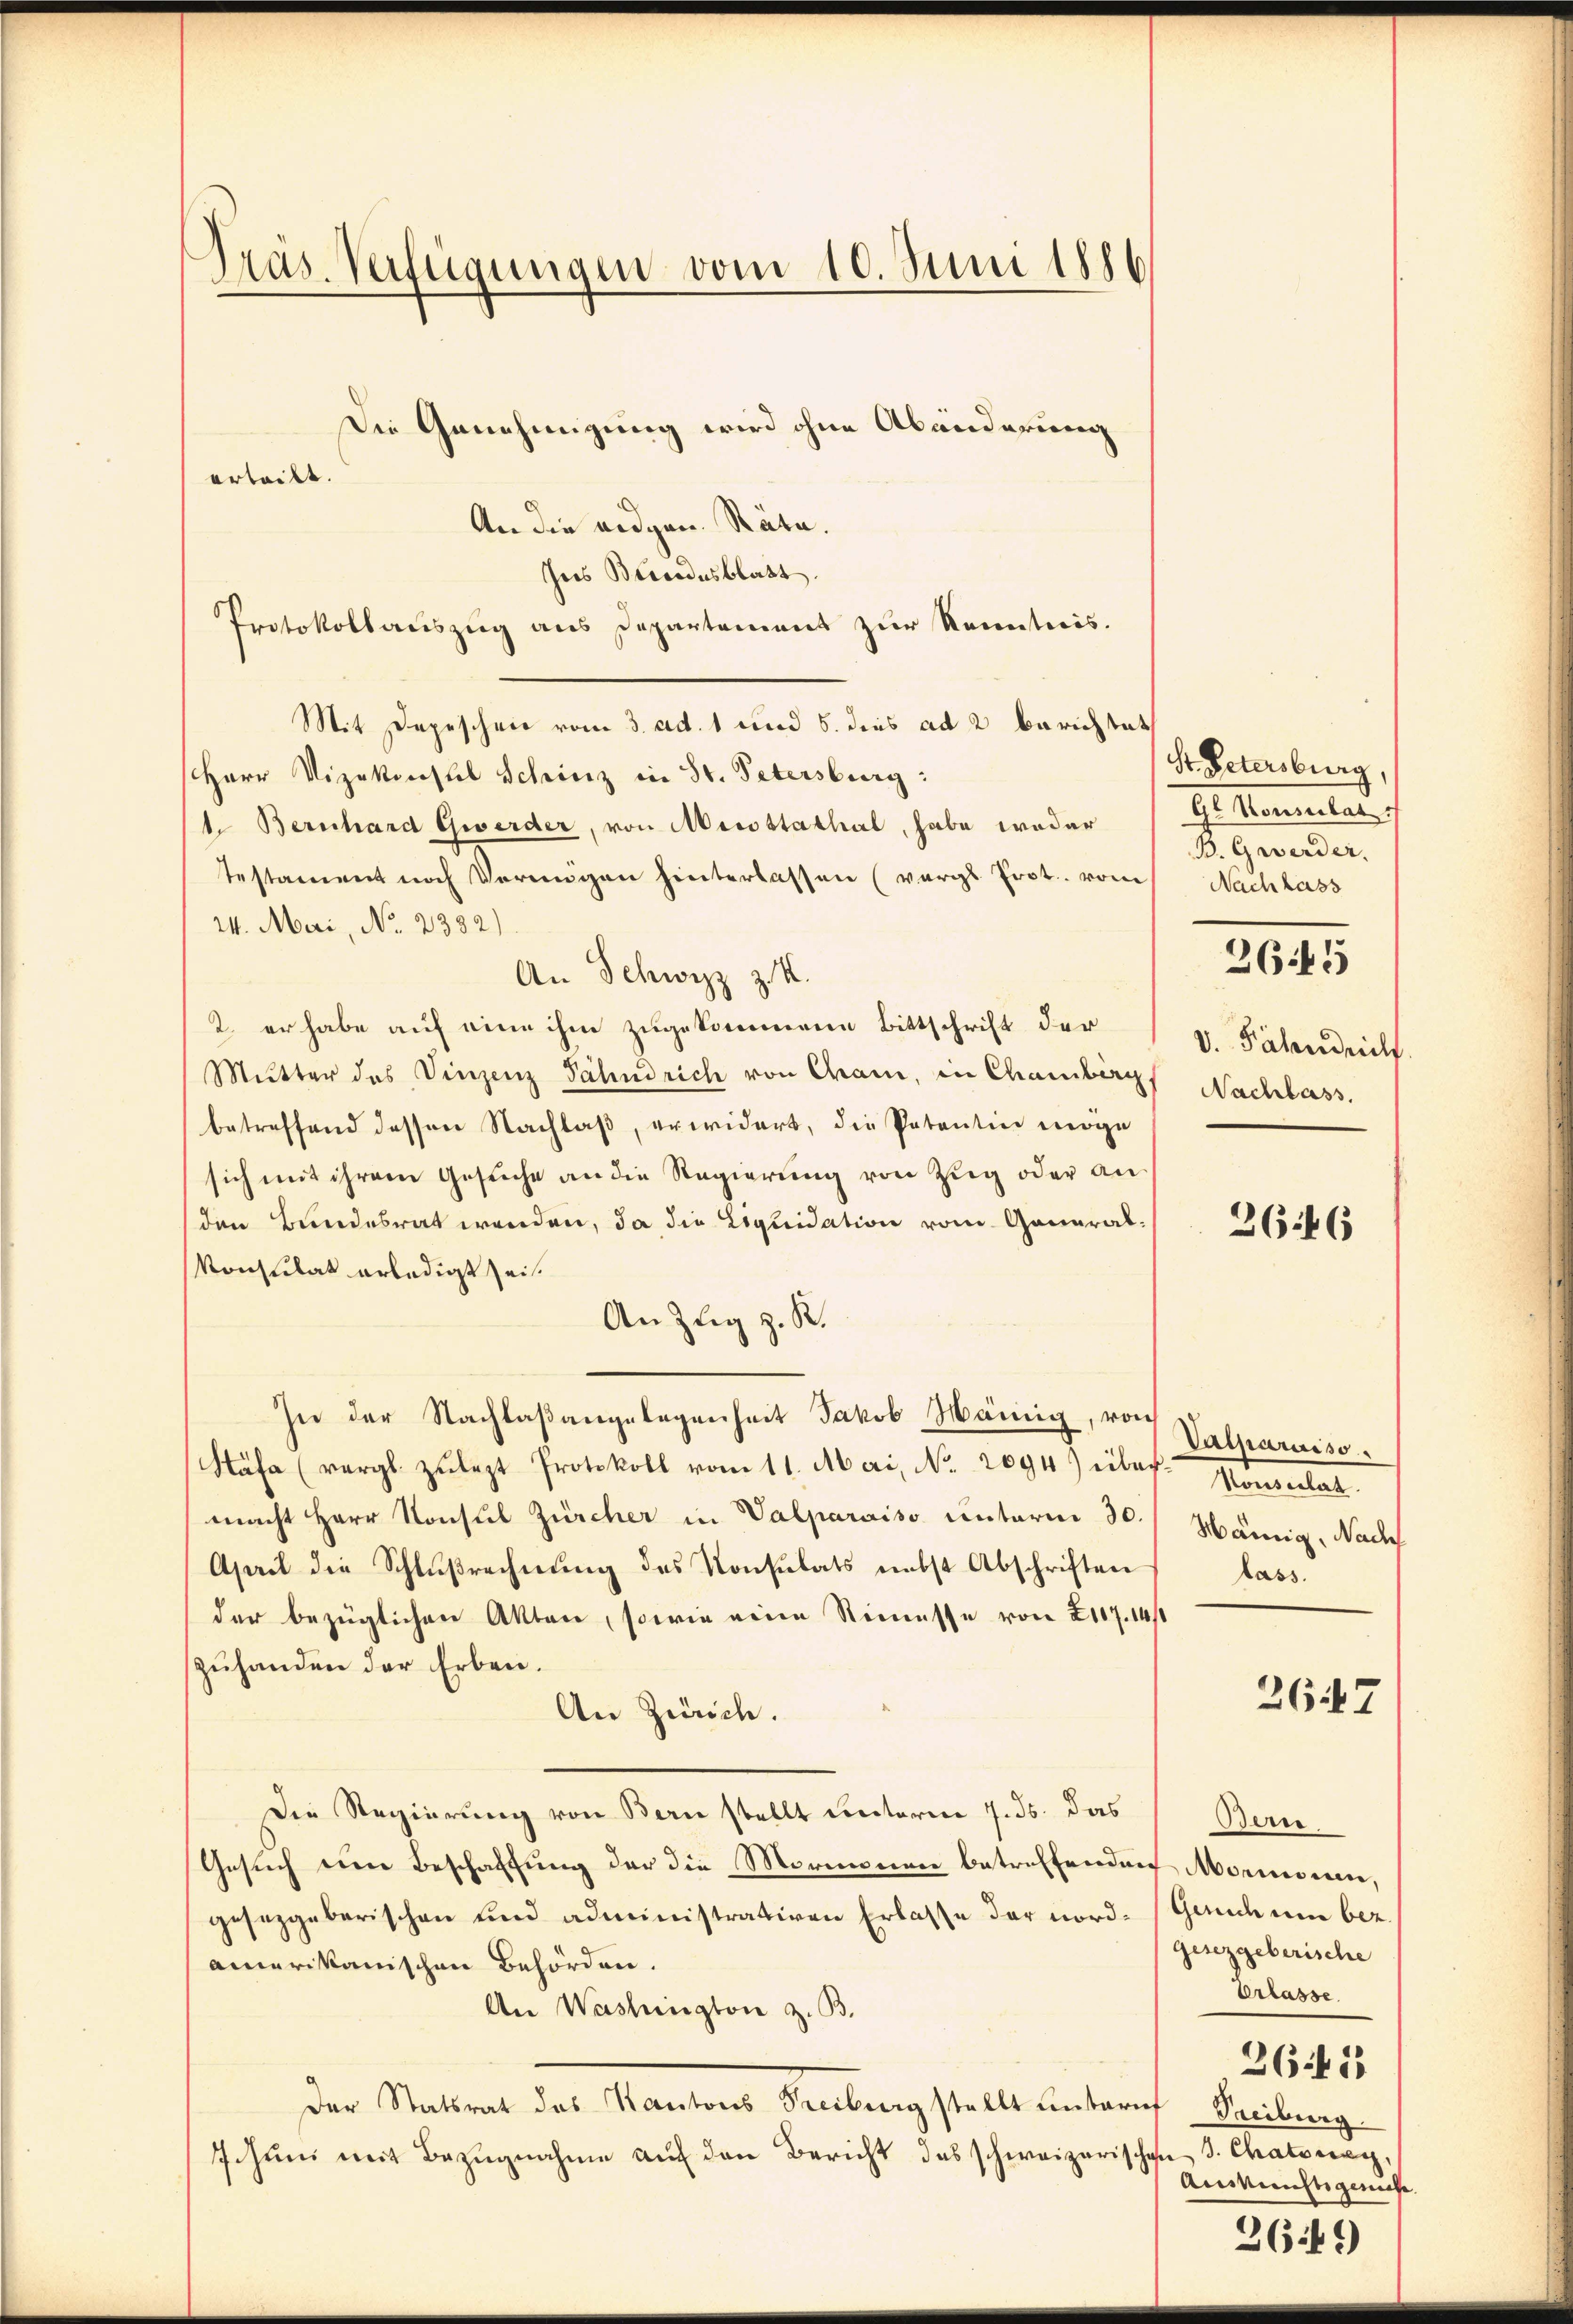
Präs. Verfügungen vom 10. Juni 1886

erteilt.

Die Genehmigung wird ohne Abänderung
An die eidgen. Räte.
Ins Bandesblatt.
Protokollauszug aus Departement zur Kenntnis.
Mit Depeschen vom 3. ad. 1 und 5. dies ad 2 berichtet
Herr Vizekonstel Schinz in St. Petersburg:
1. Bernhard Gwerder, von Missstathal, habe weder
Testament noch Verungen hinterlassen (vergl. Prot. vom Nachlass
24. Mai, No. 2382)
An Schwyz z. K.
2. er habe auf eine ihm zugekommene Bittschrift der
Mutter des Vinzenz Jähndrich von Cham, in Chamberg,
betreffend dessen Nachlaß, erwidert, die Patentin möge
sich mit ihrem Gesuche an die Regierŭng von Zŭg oder an
den Bundesrat werden, da die Liquidation vom General-
Konsulat erledigt sei.
An Zŭg z. R.
In der Nachlaßangelegenheit Jakob Hämig, von
Näfa (vergl. zulezt Protokoll vom 11. Mai, No. 2094) über
macht Herr Konsul Zürcher in Valparaiso unterm 30. Mämig. Nachf
April die Schlußrechnung des Konsulats nebst Abschriften
der bezüglichen Akten, sowie meine Stimesse von 2107. 14/1
zŭhanden der Erben.
An Zürich.
Die Regierung von Bern stellt unterne 7. ds. das
Gesuch eine Beschaffung der die Mormenen betreffenden Morionen,
gesetzgeberischen und administrativen Erlasse der nordamerikanischen Behörden.
An Washington z. B.
Der Statsrat des Kantons Freiburg stellt untern Freiburg.
Ichŭng mit Bezŭgnahme aŭf den Bericht des schweizerischen J. Chateneg¬

Gr. Petersburg,
Ge Konsulat
B. Gwerder

2615

V. Fähnrich.
Nachlass.

3646

Patparaiso
Konsulat
bass

2647

Beri
Gand um bez
gesezgeberische
erlasse.
36 f 1
Auskünftigemesse

369)